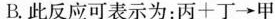
B.此反应可表示为：丙+丁→甲